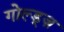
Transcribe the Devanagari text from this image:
गोल्ड्ज़